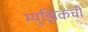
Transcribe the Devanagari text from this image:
म्युझिकची